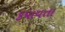
કપાવતા